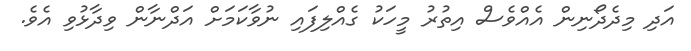
އަދި މިދެދޯނިން އެއްވެސް އިތުރު މީހަކު ގެއްލިފައި ނުވާކަމަށް އަދްނާން ވިދާޅުވި އެވެ.